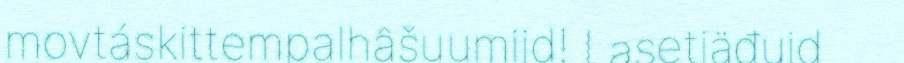
movtáskittempalhâšuumijd! Lasetiäđuid